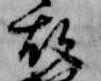
故